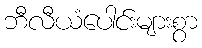
ဘီလီယံပေါင်းများစွာ